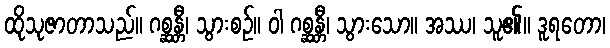
ထိုသုဇာတာသည်။ ဂစ္ဆန္တီ၊ သွားစဉ်။ ဝါ ဂစ္ဆန္တီ၊ သွားသော။ အဿ၊ သူ၏။ ဒူရတော၊